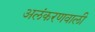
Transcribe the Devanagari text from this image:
अलंकरणवाली